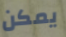
يمكن